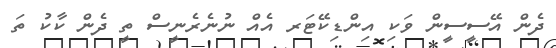
ދެން އޭސީސީން ވަކި އިންޑިކޭޓަރ އެއް ނުނެރެނީސް ތީ ދެން ކާކު ތަ